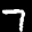
Label: 7